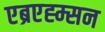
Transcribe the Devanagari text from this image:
एब्रएह्म्सन